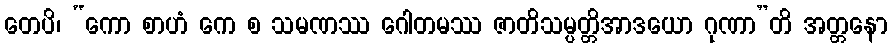
တေပိ၊ “ကော စာဟံ ကေ စ သမဏဿ ဂေါတမဿ ဇာတိသမ္ပတ္တိအာဒယော ဂုဏာ”တိ အတ္တနော